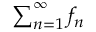
\textstyle \sum _ { n = 1 } ^ { \infty } f _ { n }